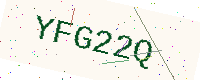
Text: YFG22Q